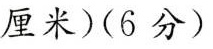
厘米)(6分)